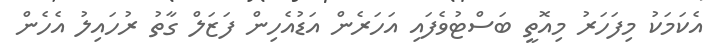
އެކަމަކު މިފަހަރު މިއޮތީ ބަސްޓުވެފައި އަހަރެން އަޑުއެހިން ފަޒަލް ގާތު ރުހައިލު އެހެން